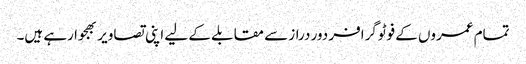
تمام عمروں کے فوٹوگرافر دور دراز سے مقابلے کے لیے اپنی تصاویر بھجوا رہے ہیں۔